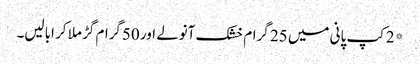
*2کپ پانی میں 25 گرام خشک آنولے اور 50گرام گڑ ملا کر ابالیں۔